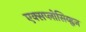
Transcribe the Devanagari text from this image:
एक्सप्लोसिव्ह्वज